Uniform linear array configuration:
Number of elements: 48
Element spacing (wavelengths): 0.75
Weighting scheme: blackman
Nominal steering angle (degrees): -30
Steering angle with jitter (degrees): -28.762
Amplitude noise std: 0.05
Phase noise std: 0.05

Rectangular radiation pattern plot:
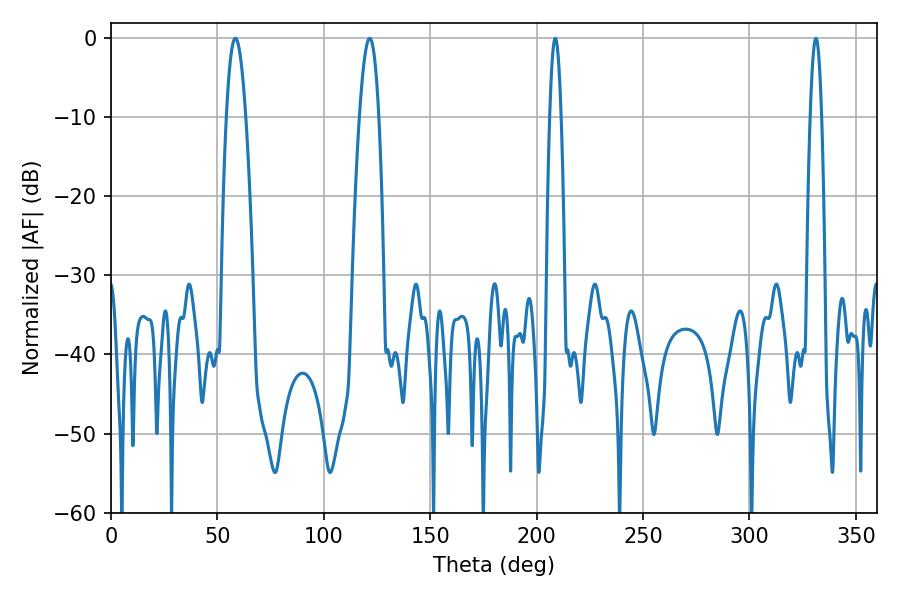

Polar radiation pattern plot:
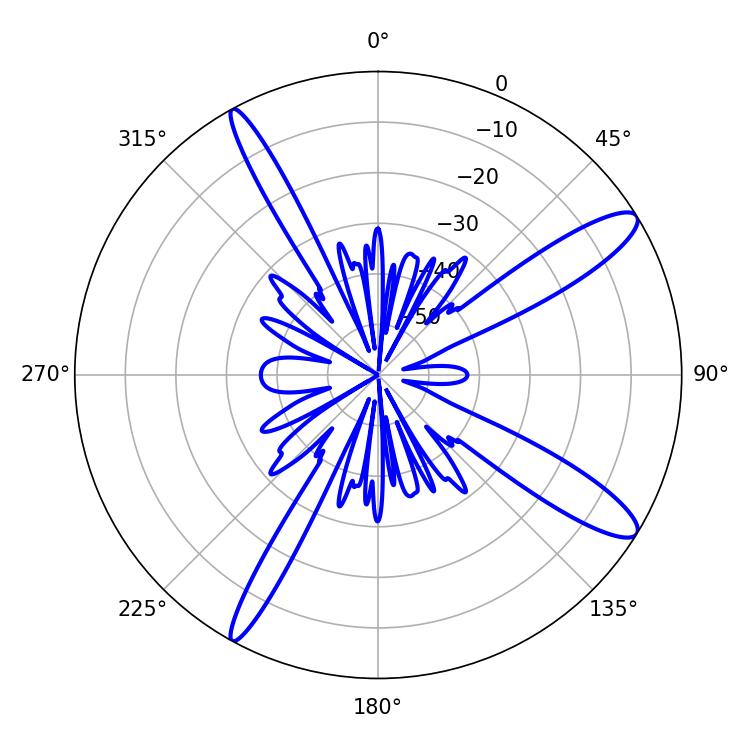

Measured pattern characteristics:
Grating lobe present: TRUE
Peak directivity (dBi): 12.713
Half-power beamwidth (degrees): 5.04
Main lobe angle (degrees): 58.5